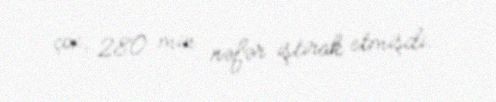
çox, 280 min nəfər iştirak etmişdi.